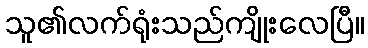
သူ၏လက်ရုံးသည်ကျိုးလေပြီ။